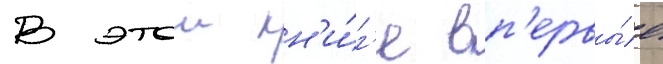
В этои кн'и́г'е вп'ервы́е